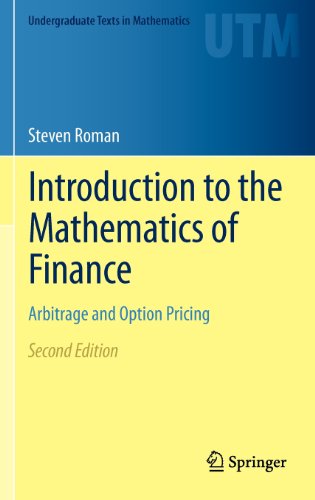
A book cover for Introduction to the Mathematics of Finance: Arbitrage and Option Pricing (Undergraduate Texts in Mathematics); Steven Roman; Business & Money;